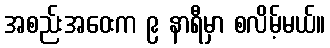
အစည်းအဝေးက ၉ နာရီမှာ စလိမ့်မယ်။